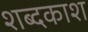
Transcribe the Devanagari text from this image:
शब्दकाश